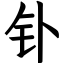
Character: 钋